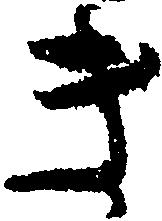
き